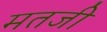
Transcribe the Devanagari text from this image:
मतजी